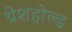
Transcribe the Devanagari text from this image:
थ्रेशहोल्ड